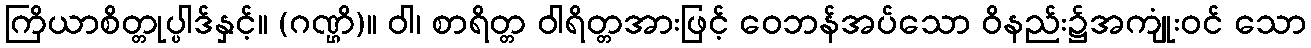
ကြိယာစိတ္တုပ္ပါဒ်နှင့်။ (ဂဏ္ဌိ)။ ဝါ၊ စာရိတ္တ ဝါရိတ္တအားဖြင့် ဝေဘန်အပ်သော ဝိနည်း၌အကျုံးဝင် သော